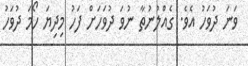
ވަނަ ދުވަހު އެވެ. ގެއްލުނުތާ ނުވަ ދުވަހަށް ފަހު މިދިޔަ ހޯމަ ދުވަހު